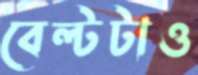
বেল্টটাও